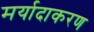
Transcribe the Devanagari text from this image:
मर्यादाकरण